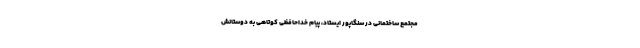
مجتمع ساختمانی در سنگاپور ایستاد، پیام خداحافظی کوتاهی به دوستانش